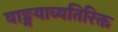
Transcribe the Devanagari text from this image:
वाङ्मयाव्यतिरिक्त